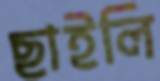
ছাইলি